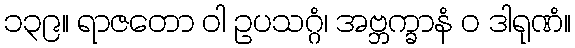
၁၃၉။ ရာဇတော ဝါ ဥပသဂ္ဂံ၊ အဗ္ဘက္ခာနံ ဝ ဒါရုဏံ။